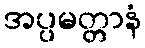
အပ္ပမတ္တာနံ